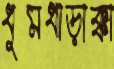
ধুমধাড়াক্কা